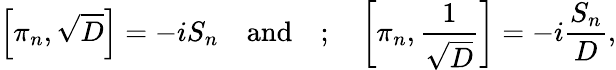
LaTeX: \left[\pi_{n},\sqrt D\right]=-iS_{n}\quad\mathrm{and}\quad;\quad\left[\pi_{n},{\frac{1}{\sqrt D}}\right]=-i{\frac{S_{n}}{D}},